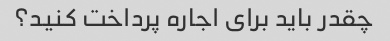
چقدر باید برای اجاره پرداخت کنید؟